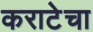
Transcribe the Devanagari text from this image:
कराटेचा